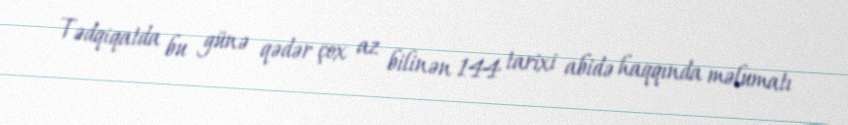
Tədqiqatda bu günə qədər çox az bilinən 144 tarixi abidə haqqında məlumatı